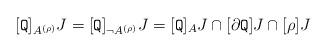
LaTeX: \begin{align*}[{\tt Q}]_{A^{(\rho)}}J=[{\tt Q}]_{\lnot A^{(\rho)}}J=[{\tt Q}]_{A}J\cap [\partial{\tt Q}]J\cap [\rho]J\end{align*}